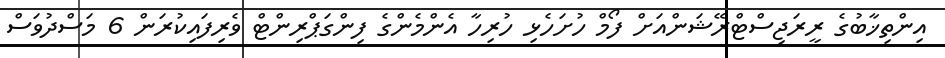
އިންތިޚާބުގެ ރީރަޖިސްޓްރޭޝަންއަށް ފޯމް ހުށަހެޅި ހުރިހާ އެންމެންގެ ފިންގަޕްރިންޓް ވެރިފައިކުރަން 6 މަސްދުވަސް